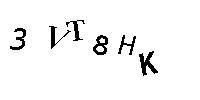
3VT8HK